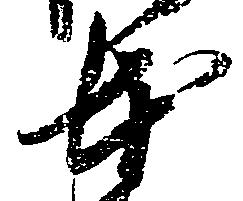
本